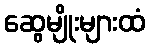
ဆွေမျိုးများထံ